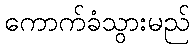
ကောက်ခံသွားမည်